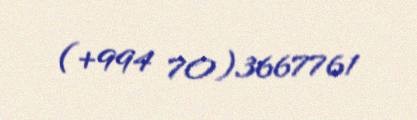
(+994 70)3667761